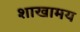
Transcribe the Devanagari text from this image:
शाखामय